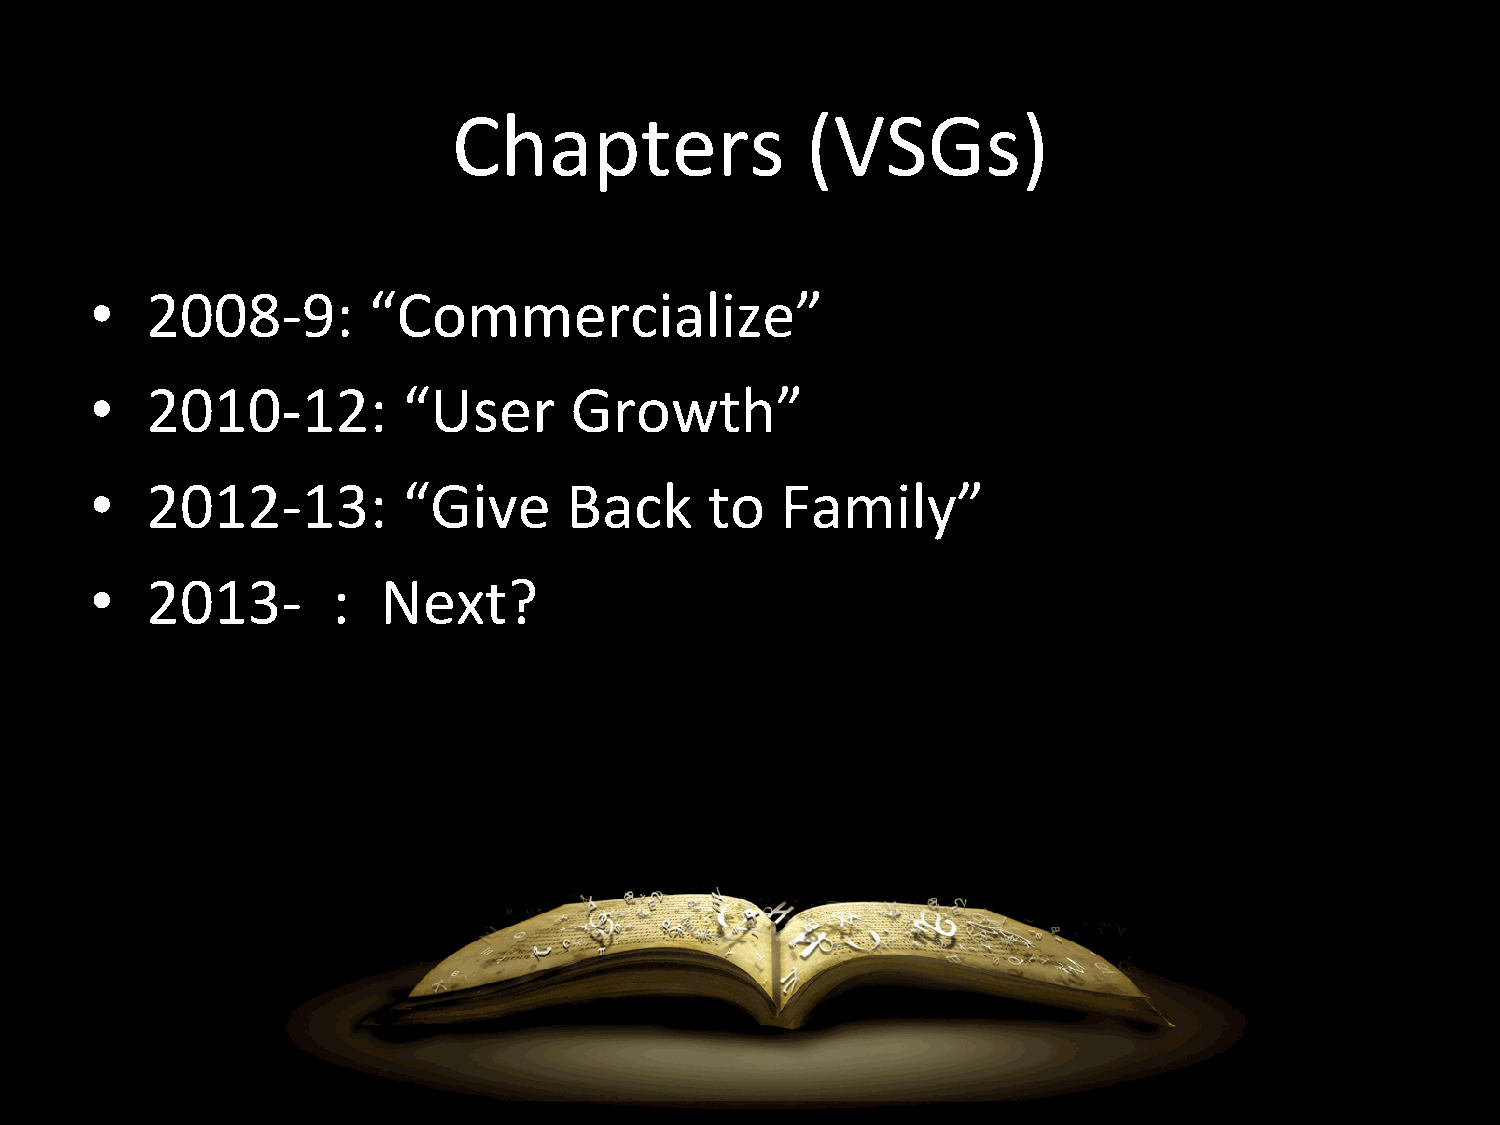
Chapters               (VSGs)
 •   2008-­‐9:     “Commercialize”
 •   2010-­‐12:       “User      Growth”
 •   2012-­‐13:       “Give     Back      to   Family”
 •   2013-­‐     :  Next?